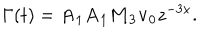
\Gamma ( t ) = { \bf A } _ { 1 } { \bf A } _ { 1 } { \bf M } _ { 3 } { \bf v } _ { 0 } z ^ { - 3 x } .